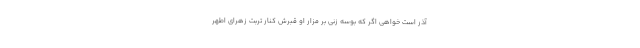
آذر است خواهی اگر که بوسه زنی بر مزار او قبرش کنار تربت زهرای اطهر